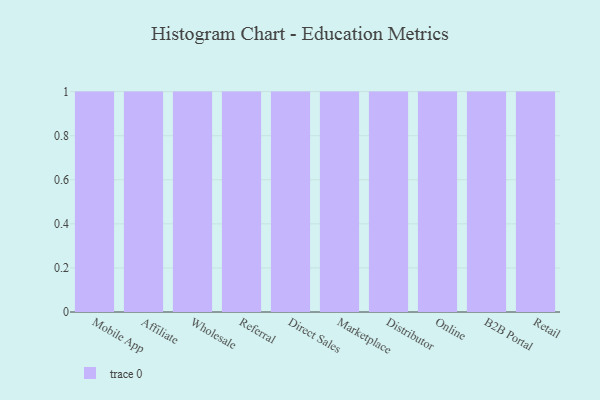
{"axis": {"x": "Channel", "y": "Active Users"}, "legend": [""], "data": [{"x": "Mobile App", "y": 34, "type": ""}, {"x": "Affiliate", "y": 74, "type": ""}, {"x": "Wholesale", "y": 89, "type": ""}, {"x": "Referral", "y": 60, "type": ""}, {"x": "Direct Sales", "y": 67, "type": ""}, {"x": "Marketplace", "y": 73, "type": ""}, {"x": "Distributor", "y": 5, "type": ""}, {"x": "Online", "y": 51, "type": ""}, {"x": "B2B Portal", "y": 80, "type": ""}, {"x": "Retail", "y": 66, "type": ""}]}